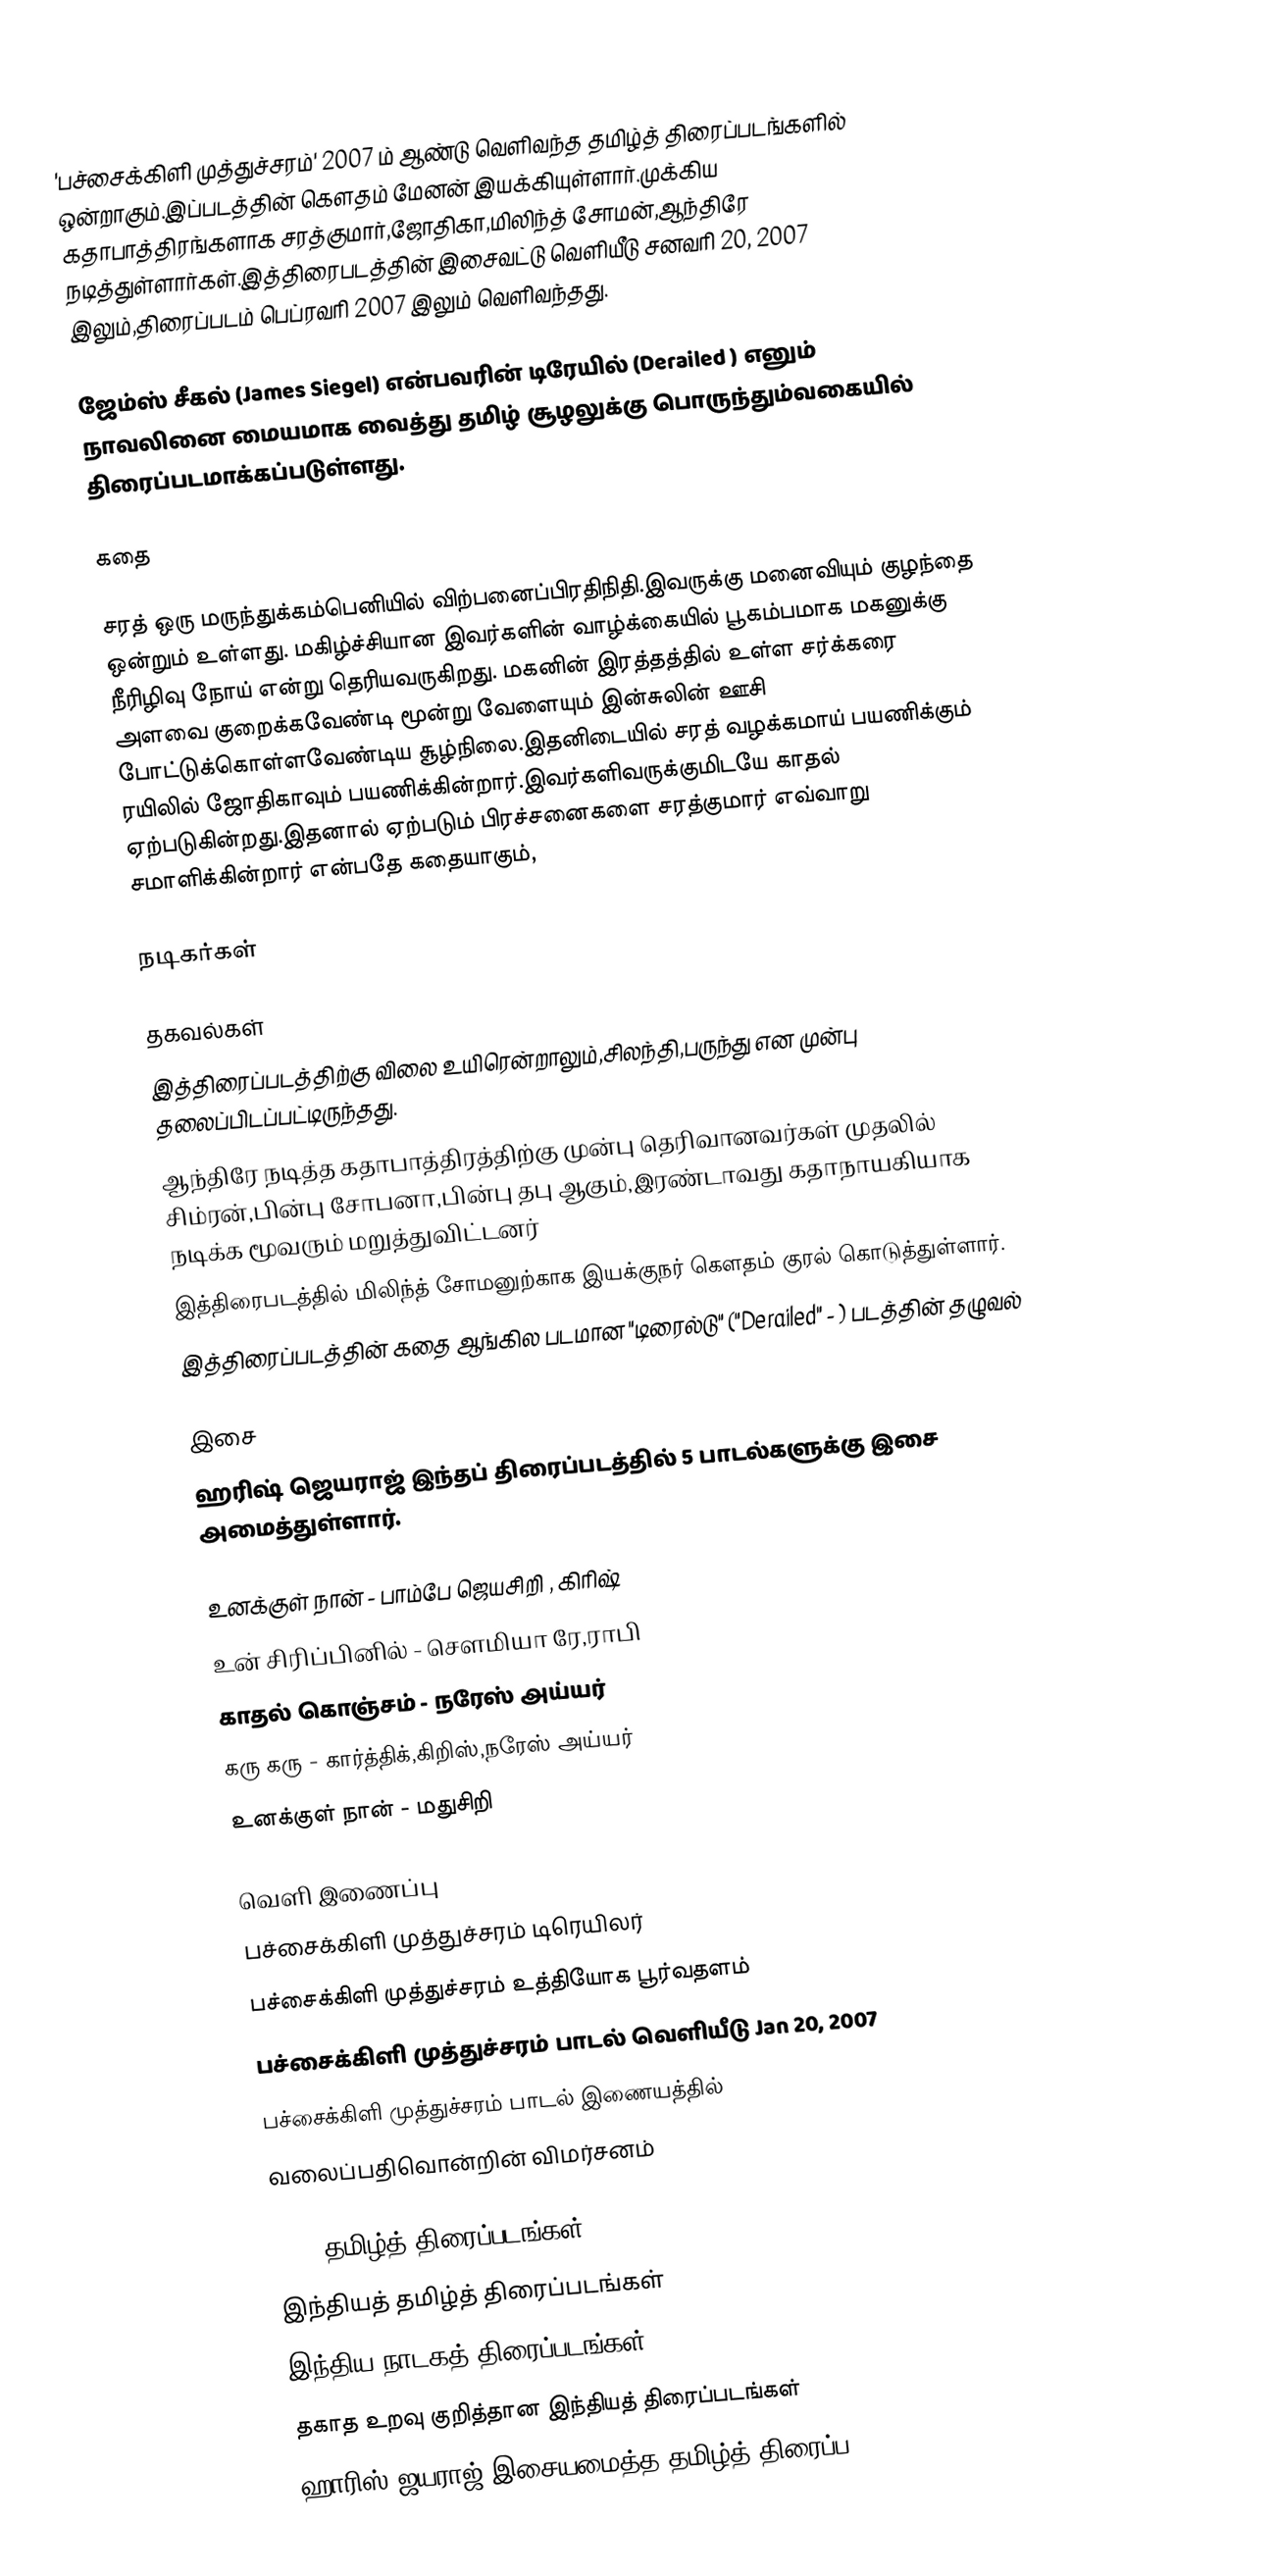
'பச்சைக்கிளி முத்துச்சரம்' 2007 ம் ஆண்டு வெளிவந்த தமிழ்த் திரைப்படங்களில் ஒன்றாகும்.இப்படத்தின் கௌதம் மேனன் இயக்கியுள்ளார்.முக்கிய கதாபாத்திரங்களாக சரத்குமார்,ஜோதிகா,மிலிந்த் சோமன்,ஆந்திரே நடித்துள்ளார்கள்.இத்திரைபடத்தின் இசைவட்டு வெளியீடு சனவரி 20, 2007 இலும்,திரைப்படம் பெப்ரவரி 2007 இலும் வெளிவந்தது.

ஜேம்ஸ் சீகல் (James Siegel) என்பவரின் டிரேயில் (Derailed ) எனும் நாவலினை மையமாக வைத்து தமிழ் சூழலுக்கு பொருந்தும்வகையில் திரைப்படமாக்கப்படுள்ளது.

கதை

சரத் ஒரு மருந்துக்கம்பெனியில் விற்பனைப்பிரதிநிதி.இவருக்கு மனைவியும் குழந்தை ஒன்றும் உள்ளது. மகிழ்ச்சியான இவர்களின்  வாழ்க்கையில் பூகம்பமாக மகனுக்கு  நீரிழிவு நோய் என்று தெரியவருகிறது. மகனின் இரத்தத்தில் உள்ள சர்க்கரை அளவை குறைக்கவேண்டி மூன்று வேளையும் இன்சுலின் ஊசி போட்டுக்கொள்ளவேண்டிய சூழ்நிலை.இதனிடையில் சரத் வழக்கமாய் பயணிக்கும்  ரயிலில் ஜோதிகாவும் பயணிக்கின்றார்.இவர்களிவருக்குமிடயே காதல் ஏற்படுகின்றது.இதனால் ஏற்படும் பிரச்சனைகளை சரத்குமார் எவ்வாறு சமாளிக்கின்றார் என்பதே கதையாகும்,

நடிகர்கள்

தகவல்கள்
 இத்திரைப்படத்திற்கு விலை உயிரென்றாலும்,சிலந்தி,பருந்து என முன்பு தலைப்பிடப்பட்டிருந்தது.
ஆந்திரே நடித்த கதாபாத்திரத்திற்கு முன்பு தெரிவானவர்கள் முதலில் சிம்ரன்,பின்பு சோபனா,பின்பு தபு ஆகும்,இரண்டாவது கதாநாயகியாக நடிக்க மூவரும் மறுத்துவிட்டனர்
 இத்திரைபடத்தில் மிலிந்த் சோமனுற்காக இயக்குநர் கௌதம் குரல் கொடுத்துள்ளார்.
 இத்திரைப்படத்தின் கதை ஆங்கில படமான "டிரைல்டு" ("Derailed" - ) படத்தின் தழுவல்

இசை
ஹரிஷ் ஜெயராஜ் இந்தப் திரைப்படத்தில் 5 பாடல்களுக்கு இசை அமைத்துள்ளார்.

 உனக்குள் நான் - பாம்பே ஜெயசிறி , கிரிஷ்
 உன் சிரிப்பினில் - சௌமியா ரே,ராபி
 காதல் கொஞ்சம் - நரேஸ் அய்யர்
 கரு கரு - கார்த்திக்,கிறிஸ்,நரேஸ் அய்யர்
 உனக்குள் நான் - மதுசிறி

வெளி இணைப்பு
பச்சைக்கிளி முத்துச்சரம் டிரெயிலர்
பச்சைக்கிளி முத்துச்சரம் உத்தியோக பூர்வதளம்
பச்சைக்கிளி முத்துச்சரம் பாடல் வெளியீடு Jan 20, 2007
பச்சைக்கிளி முத்துச்சரம் பாடல் இணையத்தில்
வலைப்பதிவொன்றின் விமர்சனம்

2007 தமிழ்த் திரைப்படங்கள்
இந்தியத் தமிழ்த் திரைப்படங்கள்
இந்திய நாடகத் திரைப்படங்கள்
தகாத உறவு குறித்தான இந்தியத் திரைப்படங்கள்
ஹாரிஸ் ஜயராஜ் இசையமைத்த தமிழ்த் திரைப்ப